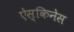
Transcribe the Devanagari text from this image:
ऐस्किनेस